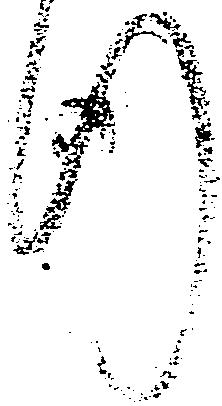
行